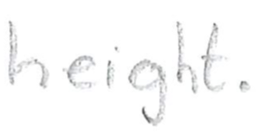
Text: height.
Cross-out: clean
Writing tool: pencil